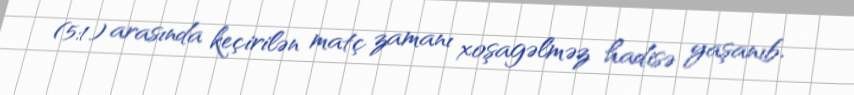
(5:1) arasında keçirilən matç zamanı xoşagəlməz hadisə yaşanıb.